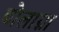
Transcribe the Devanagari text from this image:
बोलाग्ना